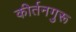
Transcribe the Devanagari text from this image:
कीर्तनगुरू